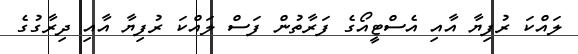
ލައްކަ ރުފިޔާ އާއި އެސްޓީއޯގެ ފަރާތުން ފަސް ލައްކަ ރުފިޔާ އާއި ދިރާގުގެ